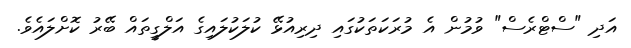
އަދި "ސްޓްރެސް" ވުމުން އެ މުރަކަތަކުގައި ދިރިއުޅޭ ކުލަކުލައިގެ އަލްގީތައް ބޭރު ކޮށްލައެވެ.